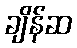
ချိန်ဆ